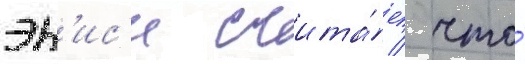
эн'ис'и счита́ет / что́